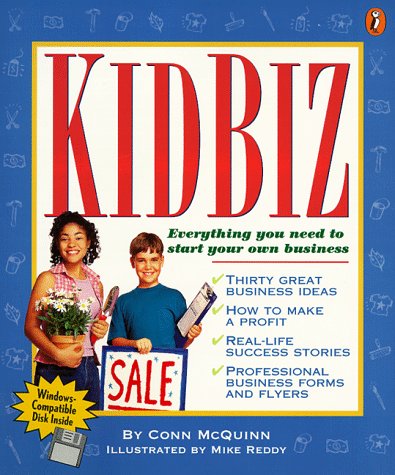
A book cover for Kidbiz: Everything You Need to Start Your own Business; Conn McQuinn; Children's Books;